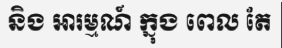
និង អារម្មណ៍ ក្នុង ពេល តែ